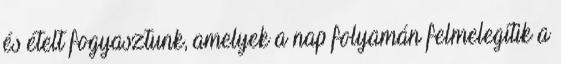
és ételt fogyasztunk, amelyek a nap folyamán felmelegítik a